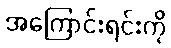
အကြောင်းရင်းကို